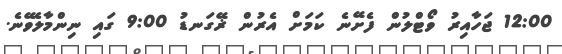
12:00 ޖަހާއިރު ވޯޓްލުން ފެށޭނެ ކަމަށް އެރުން ޜޭގަނޑު 9:00 ގައި ނިންމާލެވޭނެ.